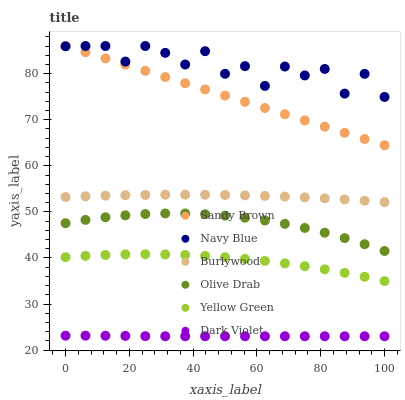
| xaxis_label | Sandy Brown | Navy Blue | Burlywood | Olive Drab | Yellow Green | Dark Violet |
 | --- | --- | --- | --- | --- | --- | --- |
 | 0 | 86 | 85.9 | 53.2 | 47.5 | 40.2 | 23.1 |
 | 6.25 | 84.7 | 86 | 53.4 | 48.3 | 40.4 | 23.1 |
 | 12.5 | 83.3 | 86 | 53.5 | 48.8 | 40.6 | 23.1 |
 | 18.8 | 82 | 82.6 | 53.6 | 49.3 | 40.8 | 23.1 |
 | 25 | 80.6 | 86 | 53.7 | 49.5 | 40.8 | 23 |
 | 31.2 | 79.3 | 84.5 | 53.7 | 49.7 | 40.8 | 23 |
 | 37.5 | 77.9 | 82 | 53.7 | 49.6 | 40.6 | 23 |
 | 43.8 | 76.6 | 84.9 | 53.7 | 49.5 | 40.4 | 23 |
 | 50 | 75.2 | 80 | 53.7 | 49.2 | 40.2 | 23 |
 | 56.2 | 73.9 | 81.6 | 53.6 | 48.7 | 39.8 | 23 |
 | 62.5 | 72.5 | 77.3 | 53.5 | 48.1 | 39.3 | 23 |
 | 68.8 | 71.2 | 81.5 | 53.3 | 47.4 | 38.8 | 23 |
 | 75 | 69.8 | 79.6 | 53.1 | 46.5 | 38.2 | 23 |
 | 81.2 | 68.5 | 81 | 52.9 | 45.5 | 37.5 | 23 |
 | 87.5 | 67.2 | 75.7 | 52.7 | 44.3 | 36.8 | 23 |
 | 93.8 | 65.8 | 80 | 52.4 | 43 | 35.9 | 23 |
 | 100 | 64.5 | 74.9 | 52.1 | 41.5 | 35 | 23 |